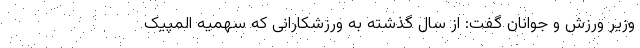
وزیر ورزش و جوانان گفت: از سال گذشته به ورزشکارانی که سهمیه المپیک